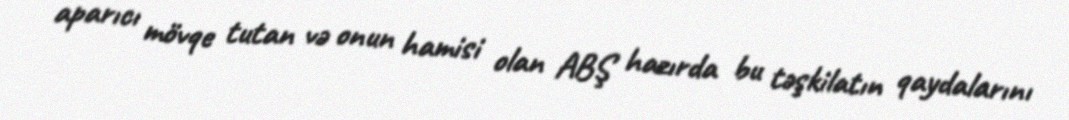
aparıcı mövqe tutan və onun hamisi olan ABŞ hazırda bu təşkilatın qaydalarını